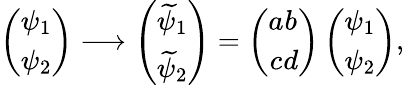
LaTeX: \left(\begin{array}{c}{{\psi_{1}}}\\ {{\psi_{2}}}\end{array}\right)\longrightarrow\left(\begin{array}{c}{{\widetilde\psi_{1}}}\\ {{\widetilde\psi_{2}}}\end{array}\right)=\left(\begin{array}{c}{{a}}\\ {{c}}\end{array}\begin{array}{cc}{{b}}\\ {{d}}\end{array}\right)\left(\begin{array}{c}{{\psi_{1}}}\\ {{\psi_{2}}}\end{array}\right),